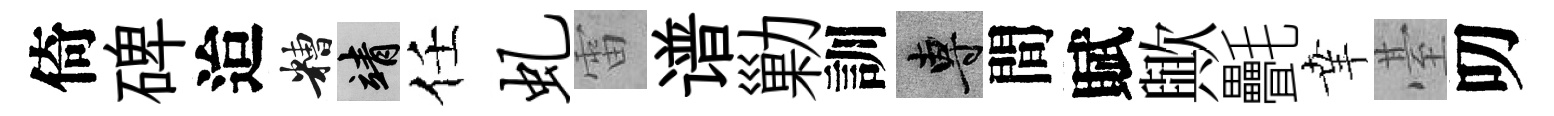
倚碑迨糟靖任虬雷谱勦訓專間賦歟㲲𦍒䑓叨